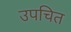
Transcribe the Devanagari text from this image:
उपचित